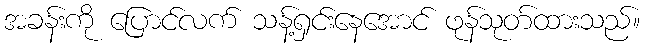
အခန်းကို ပြောင်လက် သန့်ရှင်းနေအောင် ဖုန်သုတ်ထားသည်။